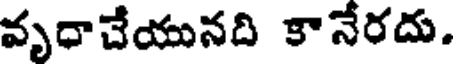
వృధాచేయునది కానేరదు.